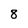
Character: 8